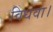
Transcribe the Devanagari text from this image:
विधवा।